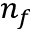
n _ { f }